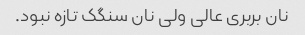
نان بربری عالی ولی نان سنگک تازه نبود.